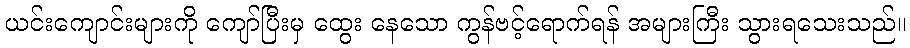
ယင်းကျောင်းများကို ကျော်ပြီးမှ ထွေး နေသော ကွန်ဗင့်ရောက်ရန် အများကြီး သွားရသေးသည်။